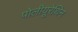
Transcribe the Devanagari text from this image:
पोलीयूरेथिन